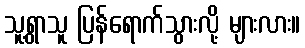
သူ့ရွာသူ ပြန်ရောက်သွားလို့ များလား။